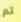
تم